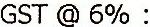
GST @ 6% :